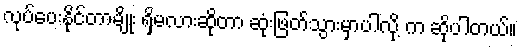
လုပ်ပေးနိုင်တာမျိုး ရှိမလားဆိုတာ ဆုံးဖြတ်သွားမှာပါလို့ က ဆိုပါတယ်။